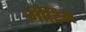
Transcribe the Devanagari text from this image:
मीटिंम